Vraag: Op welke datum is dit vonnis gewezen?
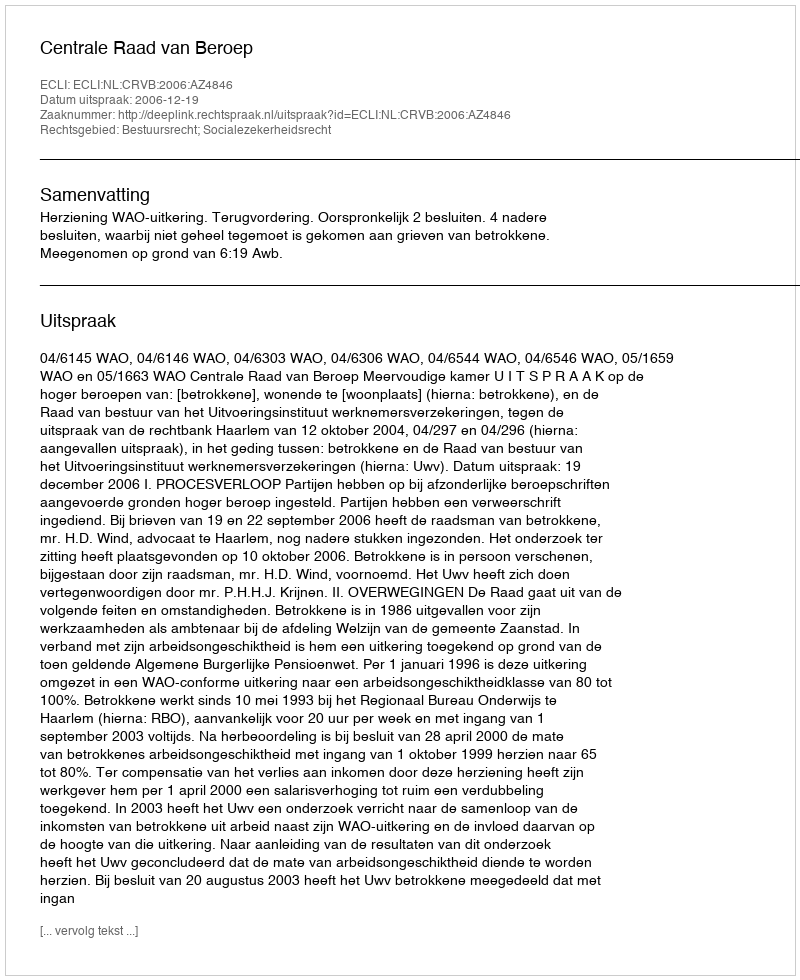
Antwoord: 2006-12-19